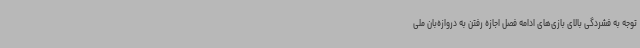
توجه به فشردگی بالای بازی‌های ادامه فصل اجازه رفتن به دروازه‌بان ملی